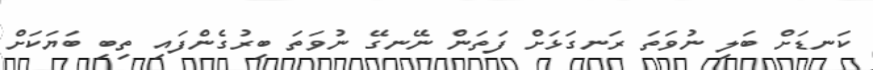
ކަނޑަށް ބަލި ނުވަތަ ރަނގަޅަށް ފަތަން ނޭނގޭ ނުވަތަ ބިރުގެންފައި ތިބި ބަޔަކަށް